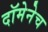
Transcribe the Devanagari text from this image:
दॉमेनेच